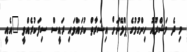
މި ދެ މަޝްރޫއު ހިންގުމުގެ ޕްލޭނަށް އިޝަރާތް ކުރައްވައި ރައީސް ސިފަކުރެއްވީ "އެއީ